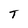
Character: T